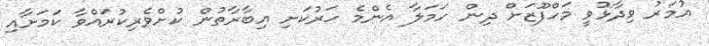
އުމަރު ވިދާޅުވީ މަހްފޫޒަށް ދިން ހަމަލާ އެންމެ ހަރުކަށި އިބާރާތުން ކުށްވެރިކުރައްވާ ކަމަށާއި